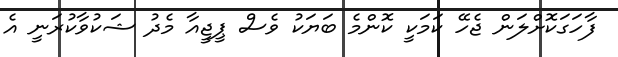
ފާހަގަކޮށްލަން ޖެހޭ ކަމަކީ ކޮންމެ ބަޔަކު ވެސް ޕީޖީއާ މެދު ޝަކުވާކުރަނީ އެ